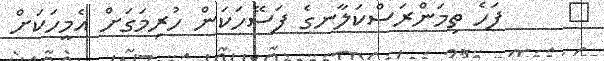
٨     ފަހެ ތިމަންރަސްކަލާނގެ ފަސޭހަކަން ހުރިމަގަށް އެމީހަކަށް